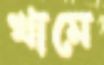
খামে